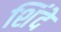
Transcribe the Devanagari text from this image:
शिंदे